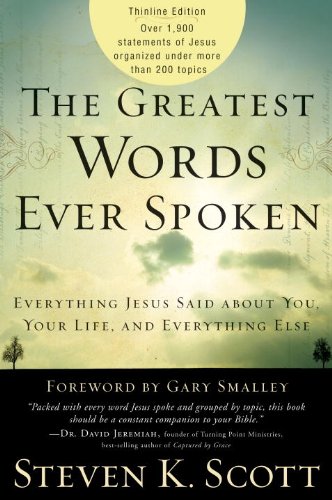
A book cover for The Greatest Words Ever Spoken: Everything Jesus Said About You, Your Life, and Everything Else (Thinline Ed.); Steven K. Scott; Christian Books & Bibles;